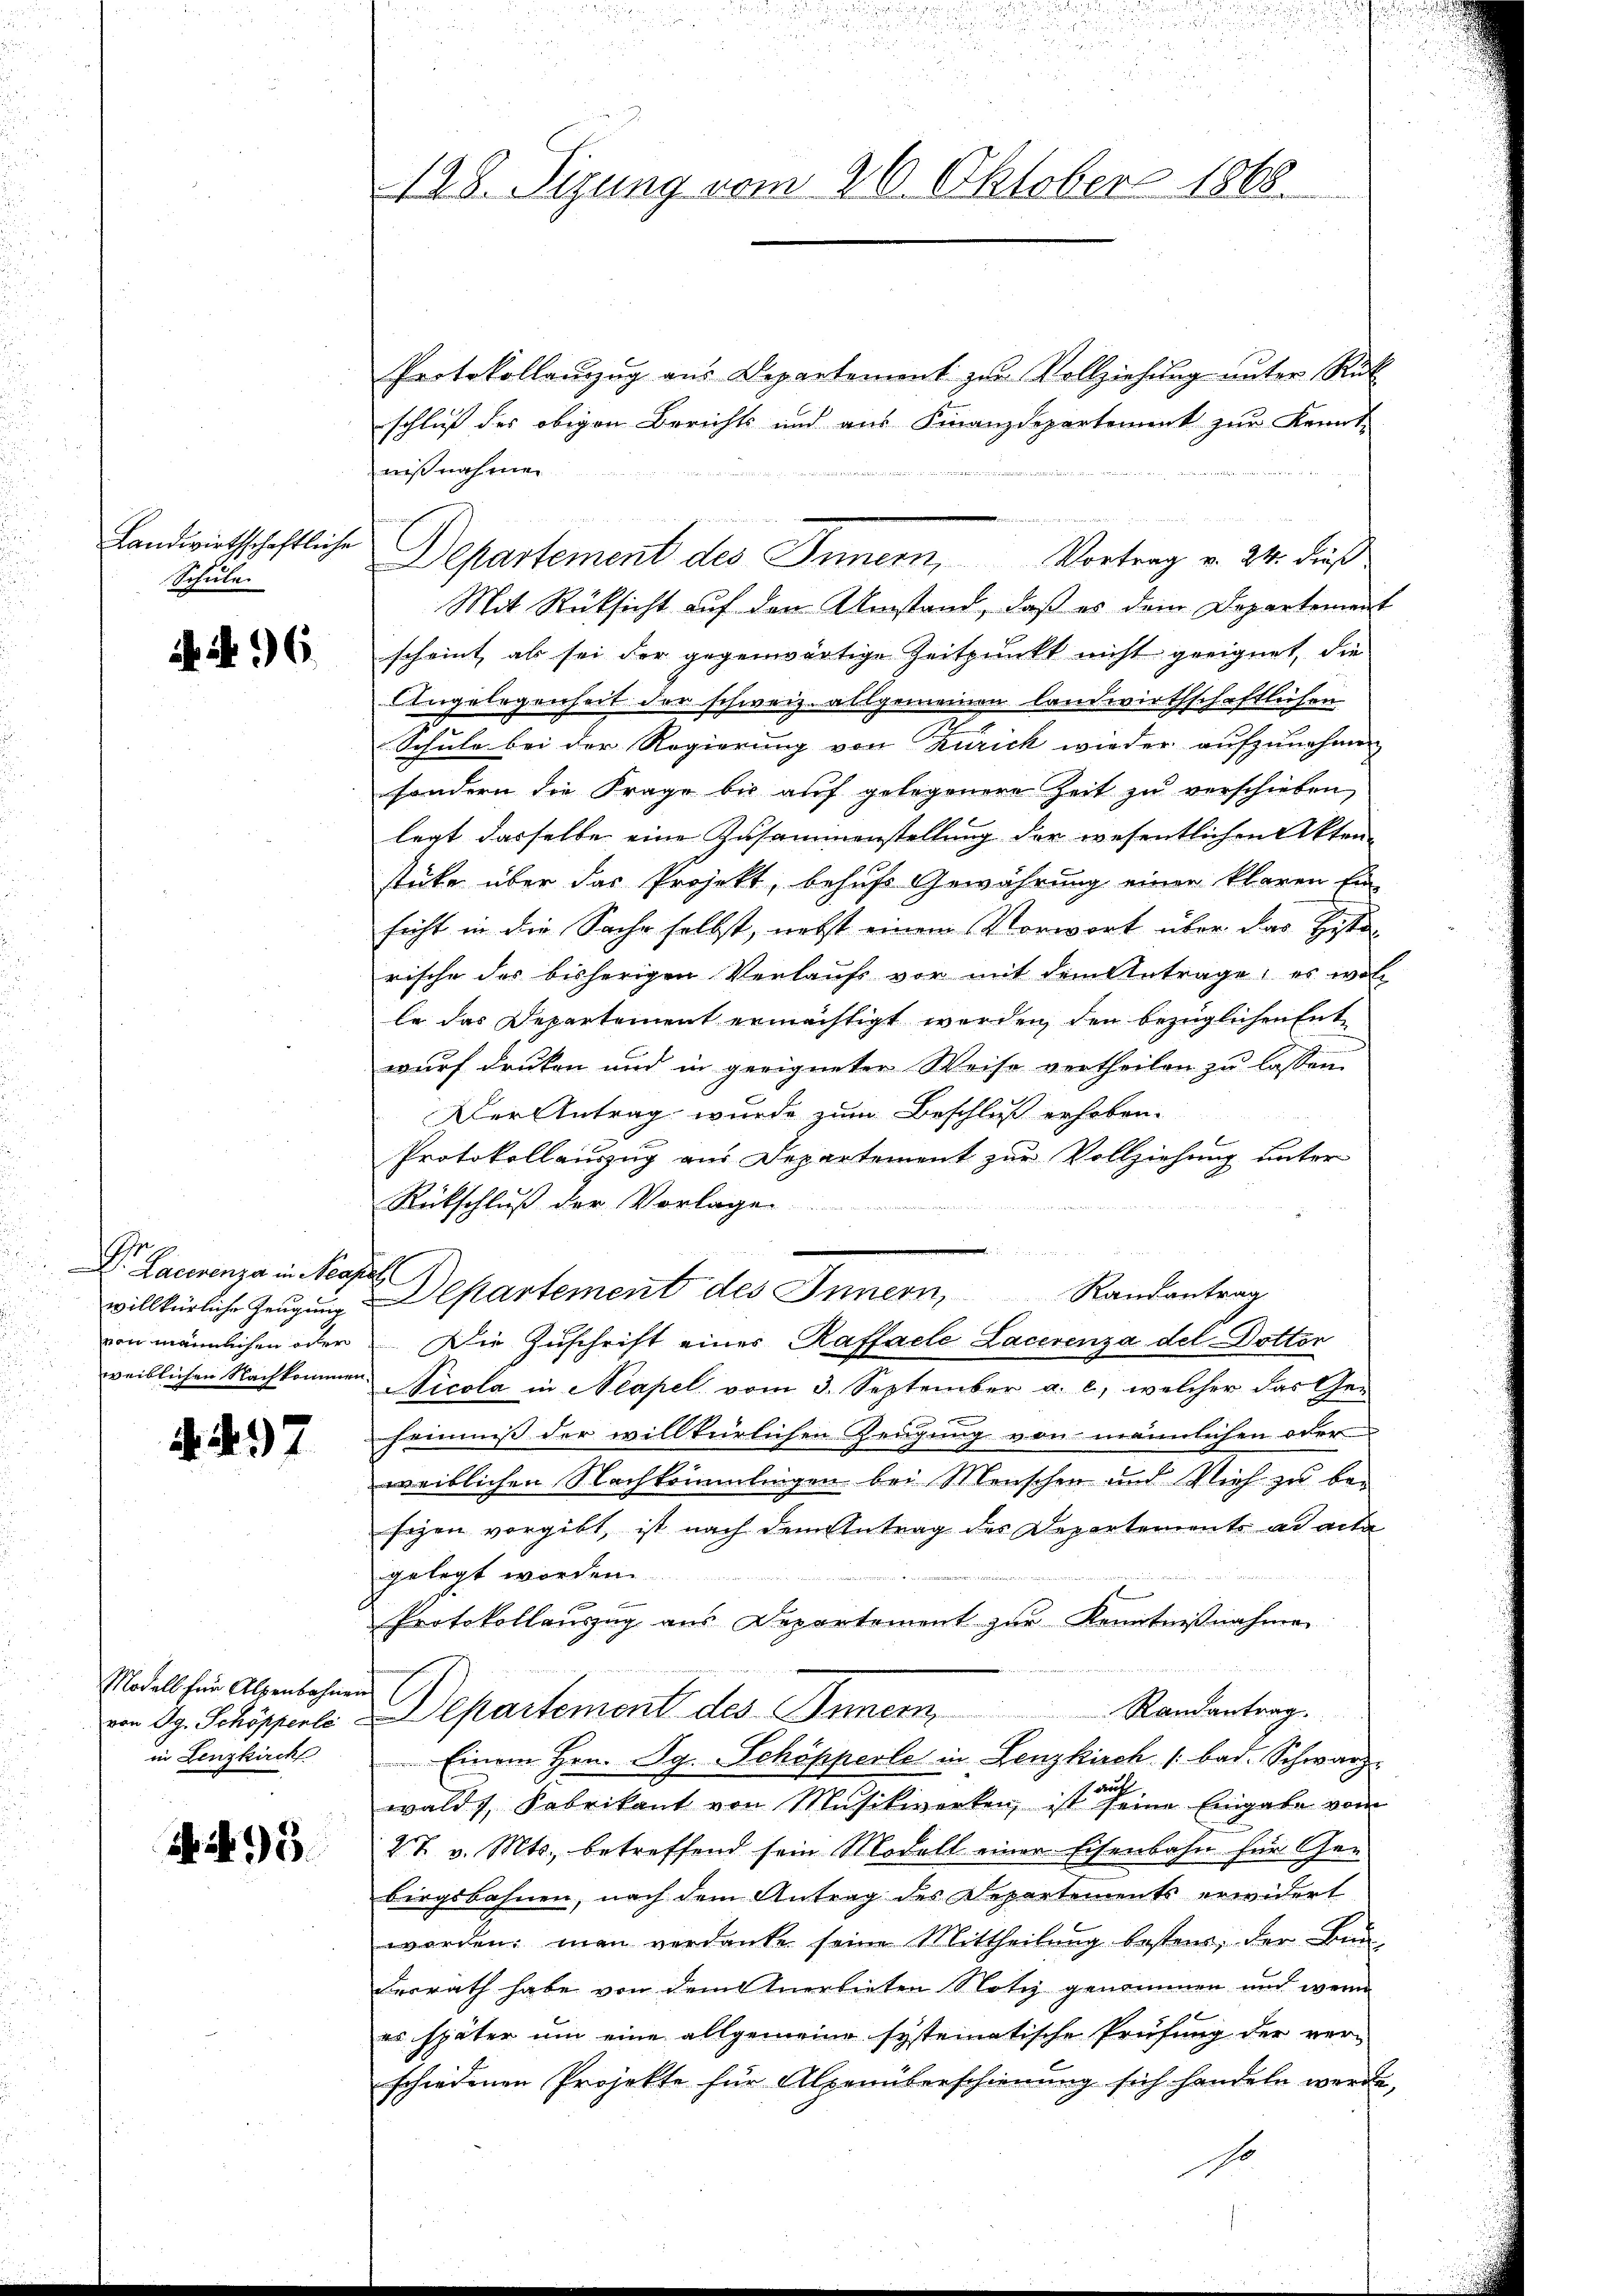
Landwirthschaftliche
Schule

A N. 16.

J
D. Lacerenza in Neap
willkürliche Zeugung
von männlichen oder
weiblichen Nachkommen.

A. 497

Modell für Alpenbahnen
von Ag. Schöpperle
in Lenzkirch

N. N. 3.

128. Sizung vom 26. Oktober 1868.

Protokollanzug aus Departement zur Vollziehung unter Rück
schluß des obigen Berichts und aus Finanzdepartement zur Kennt-
nißnahmen
Mit Rücksicht auf den Umstand, daß es dem Departement
scheint als sei der gegenwärtige Zeitpunkt nicht geeignet, die
Angelegenheit der schweiz. allgemeinen landwirthschaftlichen
Schule bei der Regierung von Zürich wieder aufzunehmen
sondern die Frage bis auf gelegenere Zeit zu verschieben,
legt dasselbe eine Zusammenstellung der wesentlichen Akten
stücke über das Projekt, behufs Gewährung einer klaren Ein-
sicht in die Sache selbst, nebst einem Vorwort über das Histo-
rische des bisherigen Verlaŭf vor mit dem Antrage, es wol
le das Departement ermächtigt werden, den bezüglichen Ent
wurf drucken und in geeigneter Weise vertheilen zu lassen.
Der Antrag wurde zum Beschluß erhoben.
Protokollauszug aus Departement zur Vollziehung unter
Rückschluß der Vorlagen
e
u
d
Departement des Innern,
Randantrag
Die Zuschrift einer Raffacle Lacerenza del Dottor
Nicola in Neapel vom 3. September a. c., welcher das Geheimis der willkürlichen Zeugung von männlichen oder
weiblichen Nachkömmlingen bei Menschen und Vieh zu be¬
Eigen vorgibt, ist nach dem Antrag des Departements ad acte
gelegt worden.

Protokollauszug aus Departement zur Kenntnißnahme
Randantrag.
Departement des Inner
Einem Hrn. Sg. Schöpperle in Lenzkirch bad. Schwarz
waldt, Fabrikant von Mŭsikwerken ist seine Eingabe vom
27. v. Mts., betreffend sein Modell einer Eisenbahn für Gebirgsbahnen, nach dem Antrag des Departements erwidert
worden, man verdanke seine Mittheilŭng besters, der Bun
derrath habe von dem Anerbieten Notiz genommen und wenn
es später um eine allgemeine systematische Prüfung der ver-
schiedenen Projekte für Alpenüberschienung sich handeln werde,
so

Departement des Innern, Vortrag v. 24. dieß